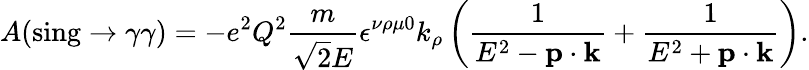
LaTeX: A(\mathrm{sing}\rightarrow\gamma\gamma)=-e^{2}Q^{2}{\frac{m}{\sqrt{2}E}}\epsilon^{\nu\rho\mu 0}k_{\rho}\left({\frac{1}{E^{2}-{\mathbf p}\cdot{\mathbf k}}}+{\frac{1}{E^{2}+{\mathbf p}\cdot{\mathbf k}}}\right).